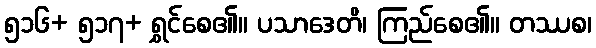
၅၁၆+ ၅၁၇+ ရွှင်စေ၏။ ပသာဒေတိ၊ ကြည်စေ၏။ တဿစ၊